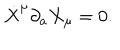
\dot { X } ^ { \mu } \partial _ { a } X _ { \mu } = 0 .